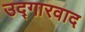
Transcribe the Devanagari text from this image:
उद्गारवाद